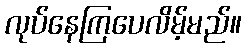
လုပ်နေကြပေလိမ့်မည်။